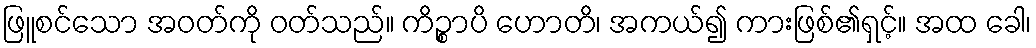
ဖြူစင်သော အဝတ်ကို ဝတ်သည်။ ကိဉ္စာပိ ဟောတိ၊ အကယ်၍ ကားဖြစ်၏ရှင့်။ အထ ခေါ၊